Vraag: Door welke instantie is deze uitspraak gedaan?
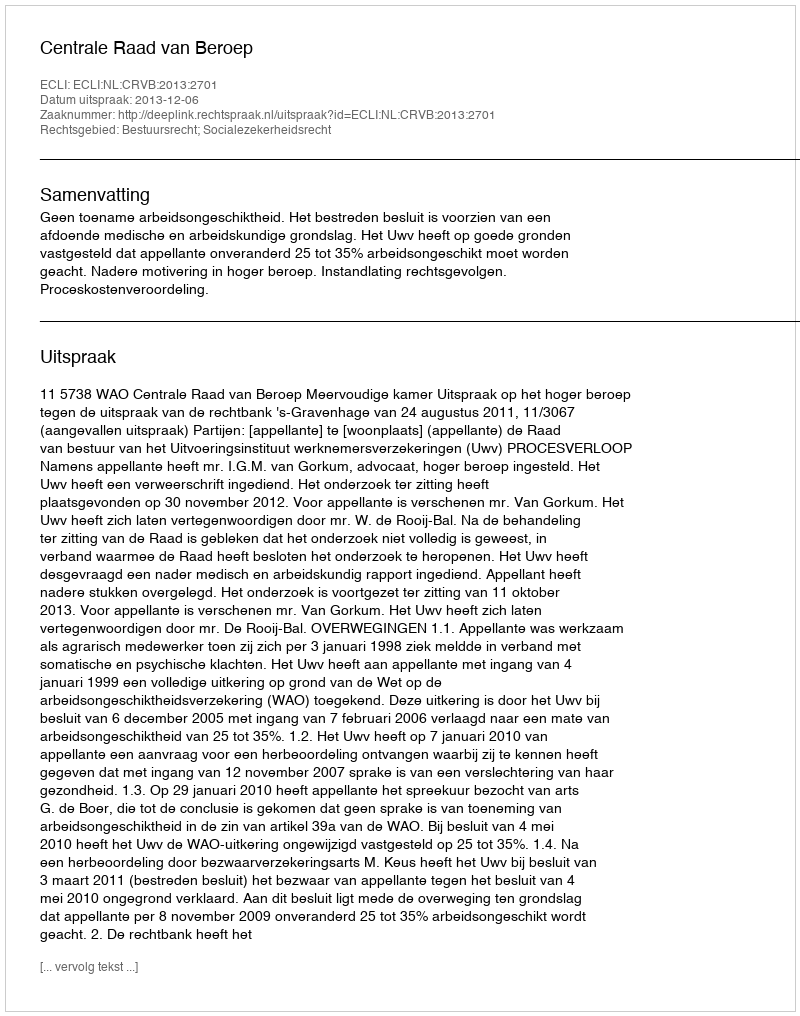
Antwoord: Centrale Raad van Beroep